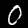
Digit: 0